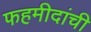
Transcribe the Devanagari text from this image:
फहमीदांची